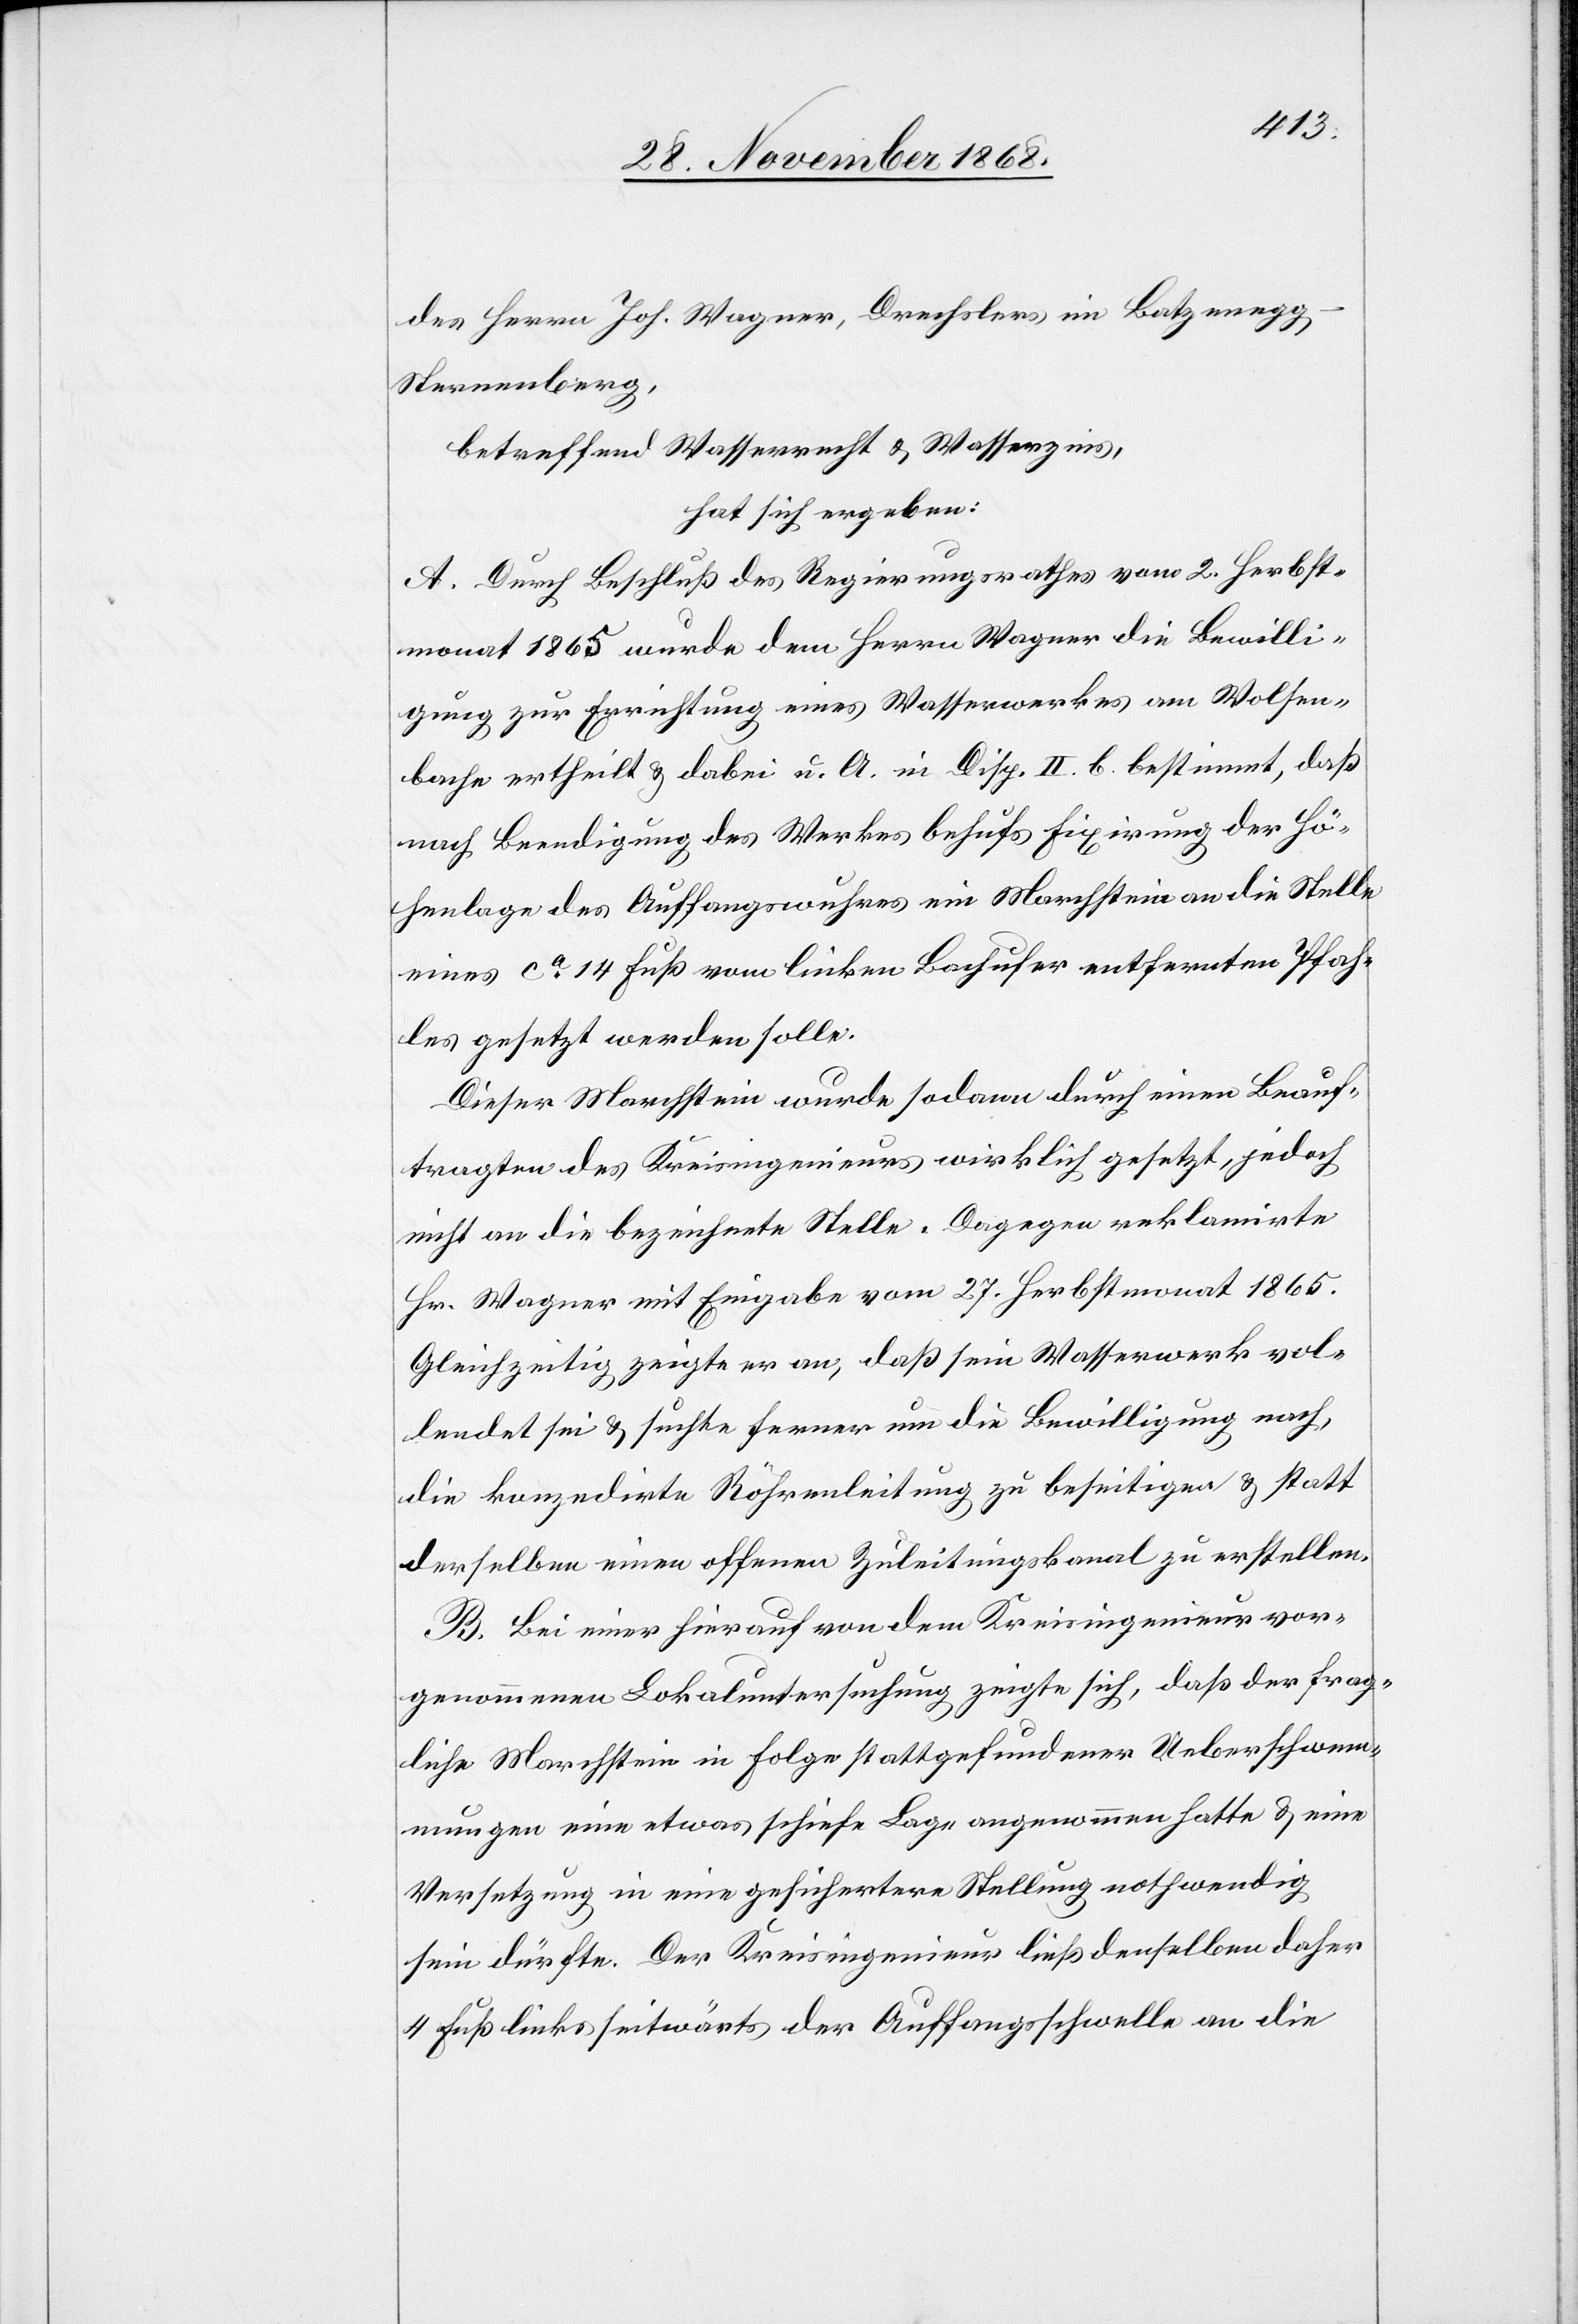
des Herrn Joh. Wagner, Drechslers im Batzenegg
Sternenberg,
betreffend Wasserrecht & Wasserzins,
hat sich ergeben:
A. Durch Beschluß des Regierungsrathes vom 2. Herbst¬
monat 1865 wurde dem Herrn Wagner die Bewilli¬
gung zur Errichtung eines Wasserwerkes am Wolfen¬
bache ertheilt & dabei u. A. in Disp. II. b. bestimmt, daß
nach Beendigung des Werkes behufs Fixirung der Hö¬
henlage des Auffangswuhres ein Marchstein an die Stelle
eines ca 14 Fuß vom linken Bachufer entfernten Pfah¬
les gesetzt werden solle.
Dieser Marchstein wurde sodann durch einen Beauf¬
tragten des Kreisingenieurs wirklich gesetzt, jedoch
nicht an die bezeichnete Stelle. Dagegen reklamirte
Hr. Wagner mit Eingabe vom 27. Herbstmonat 1865.
Gleichzeitig zeigte er an, daß sein Wasserwerk vol¬
lendet sei & suchte ferner um die Bewilligung nach,
die konzedirte Röhrenleitung zu beseitigen & statt
derselben einen offenen Zuleitungskanal zu erstellen.
B. Bei einer hierauf von dem Kreisingenieur vor¬
genommenen Lokaluntersuchung zeigte sich, daß der frag¬
liche Marchstein in Folge stattgefundener Ueberschwem¬
mungen eine etwas schiefe Lage angenommen hatte & eine
Versetzung in eine gesichertere Stellung nothwendig
sein dürfte. Der Kreisingenieur ließ denselben daher
4 Fuß links seitwärts der Auffangsschwelle an die